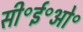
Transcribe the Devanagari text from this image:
सी॰ई॰ओ॰